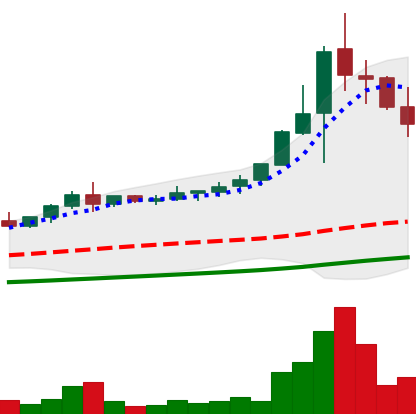
Ticker: NEO-USD
Chart end date: 2021-04-22
Forward return: 4.131%
Label: up_3_5